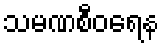
သမဏစီဝရေန